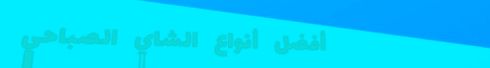
أفضل أنواع الشاي الصباحي